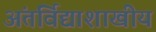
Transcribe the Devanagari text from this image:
अंतर्विद्याशाखीय